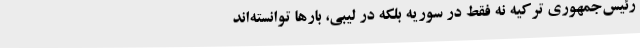
رئیس‌جمهوری ترکیه نه فقط در سوریه بلکه در لیبی، بارها توانسته‌اند